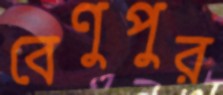
বেণুপুর